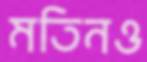
মতিনও